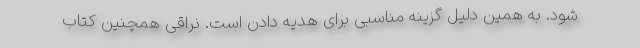
شود. به همین دلیل گزینه مناسبی برای هدیه دادن است. نراقی همچنین کتاب